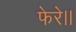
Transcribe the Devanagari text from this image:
फेरे।।